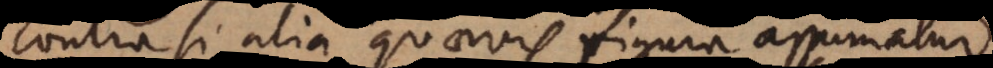
Contra si alia quaevis figura assumatur